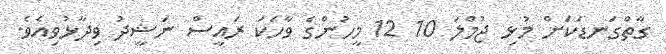
ގާތްގަނޑަކަށް މުޅި ޖުމްލަ 10 12 މީހުންގެ ވާހަކަ ރައީސް ނަޝީދު ވިދާޅުވިއެވެ.